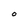
Character: O